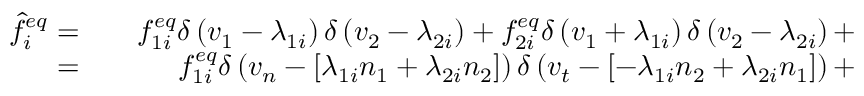
\begin{array} { r l r } { \hat { f } _ { i } ^ { e q } = } & { { } } & { f _ { 1 i } ^ { e q } \delta \left( v _ { 1 } - \lambda _ { 1 i } \right) \delta \left( v _ { 2 } - \lambda _ { 2 i } \right) + f _ { 2 i } ^ { e q } \delta \left( v _ { 1 } + \lambda _ { 1 i } \right) \delta \left( v _ { 2 } - \lambda _ { 2 i } \right) + } \\ { = } & { { } } & { f _ { 1 i } ^ { e q } \delta \left( v _ { n } - \left[ \lambda _ { 1 i } n _ { 1 } + \lambda _ { 2 i } n _ { 2 } \right] \right) \delta \left( v _ { t } - \left[ - \lambda _ { 1 i } n _ { 2 } + \lambda _ { 2 i } n _ { 1 } \right] \right) + } \end{array}